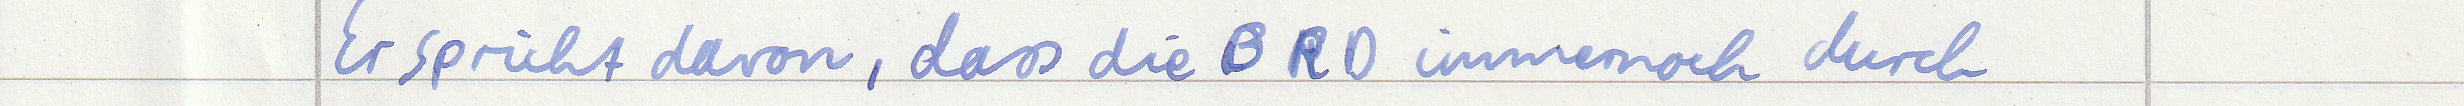
Er spricht davon, dass die BRD immernoch durch